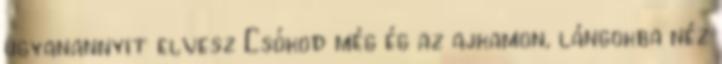
ugyanannyit elvesz Csókod még ég az ajkamon, lángokba néz